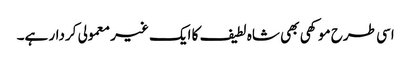
اسی طرح موکھی بھی شاہ لطیف کا ایک غیر معمولی کردار ہے۔